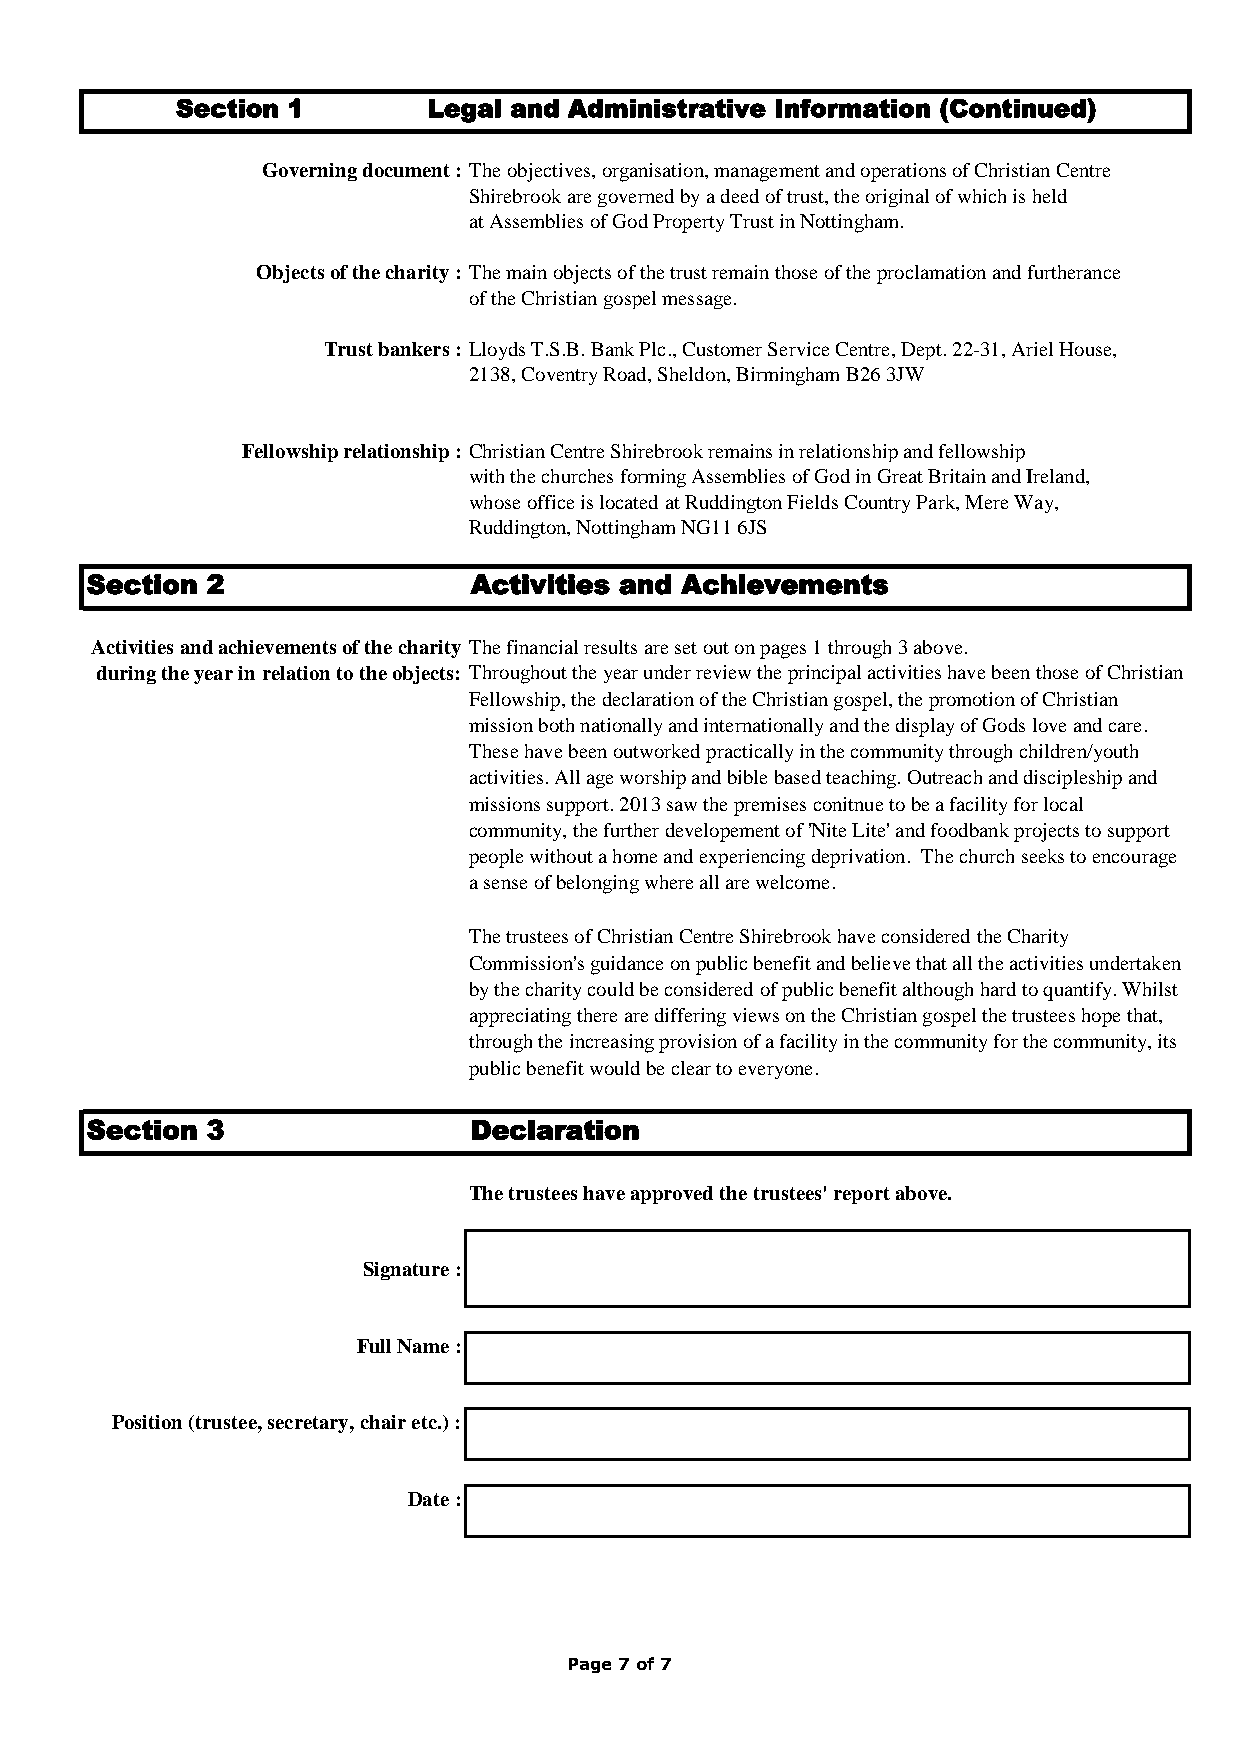
Section 1       Legal and Administrative Information (Continued)
 Governing document : The objectives, organisation, management and operations of Christian Centre
 Shirebrook are governed by a deed of trust, the original of which is held
 at Assemblies of God Property Trust in Nottingham.
 Objects of the charity : The main objects of the trust remain those of the proclamation and furtherance
 of the Christian gospel message.
 Trust bankers : Lloyds T.S.B. Bank Plc., Customer Service Centre, Dept. 22-31, Ariel House,
 2138, Coventry Road, Sheldon, Birmingham B26 3JW
 Fellowship relationship : Christian Centre Shirebrook remains in relationship and fellowship
 with the churches forming Assemblies of God in Great Britain and Ireland,
 whose office is located at Ruddington Fields Country Park, Mere Way,
 Ruddington, Nottingham NG11 6JS
 Section 2                Activities and Achievements
 Activities and achievements of the charity The financial results are set out on pages 1 through 3 above.
 during the year in relation to the objects: Throughout the year under review the principal activities have been those of Christian
 Fellowship, the declaration of the Christian gospel, the promotion of Christian
 mission both nationally and internationally and the display of Gods love and care.
 These have been outworked practically in the community through children/youth
 activities. All age worship and bible based teaching. Outreach and discipleship and
 missions support. 2013 saw the premises conitnue to be a facility for local
 community, the further developement of 'Nite Lite' and foodbank projects to support
 people without a home and experiencing deprivation. The church seeks to encourage
 a sense of belonging where all are welcome.
 The trustees of Christian Centre Shirebrook have considered the Charity
 Commission's guidance on public benefit and believe that all the activities undertaken
 by the charity could be considered of public benefit although hard to quantify. Whilst
 appreciating there are differing views on the Christian gospel the trustees hope that,
 through the increasing provision of a facility in the community for the community, its
 public benefit would be clear to everyone.
 Section 3                Declaration
 The trustees have approved the trustees' report above.
 Signature :
 Full Name :
 Position (trustee, secretary, chair etc.) :
 Date :
 Page 7 of 7